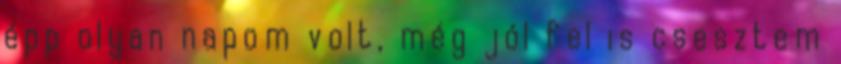
épp olyan napom volt, még jól fel is csesztem